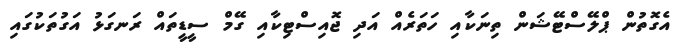
އެގޮތުން ޕްލޭސްޓޭޝަން ތިނަކާއި ހަތަރެއް އަދި ޖޮއިސްޓިކާއި ގޭމް ސީޑީތައް ރަނގަޅު އަގުތަކުގައި